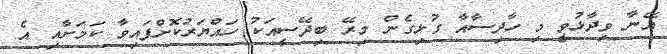
އޭނާ ވިދާޅުވީ މި ހާދިސާއާ ގުޅިގެން މިރޭ ބިދޭސީއަކު ހައްޔަރުކޮށްފައިވާ ކަމަށާއި އެ